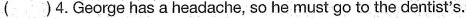
( )4. George has a headache, so he must go to the dentist's.